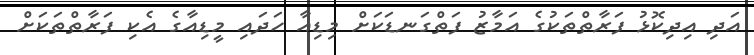
އަދި އިދިކޮޅު ފަރާތްތަކުގެ އަމާޒު ފަތްގަނޑަކަށް މިޑިއާ ހަދައި މީޑިއާގެ އެކި ފަރާތްތަކަށް